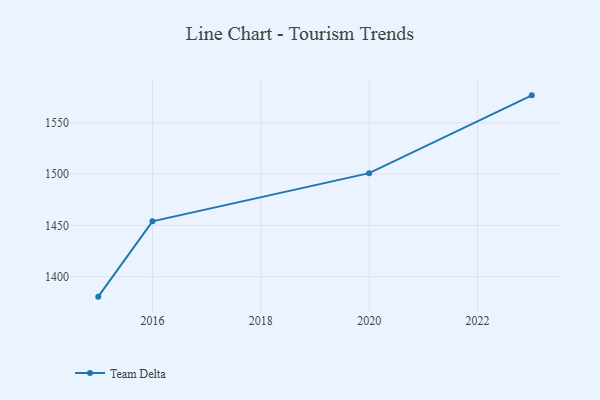
{"axis": {"x": "Year", "y": "Active Users"}, "legend": ["Team Delta"], "data": [{"x": "2023", "y": 1576.7, "type": "Team Delta"}, {"x": "2020", "y": 1500.9, "type": "Team Delta"}, {"x": "2016", "y": 1454.0, "type": "Team Delta"}, {"x": "2015", "y": 1380.6, "type": "Team Delta"}]}